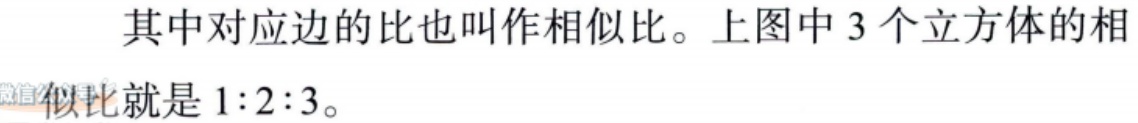
其中对应边的比也叫作相似比。上图中 3 个立方体的相似比就是 \(1:2:3\)。